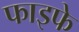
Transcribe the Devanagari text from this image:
फाइफे